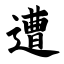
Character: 遭